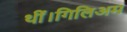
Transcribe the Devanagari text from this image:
थीं।गिलिअम